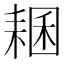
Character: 𦓾